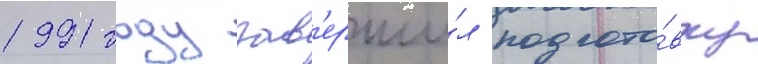
1991 году зав'ерши́л подгото́вку